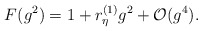
\begin{align*}F(g^ 2) = 1 + r^{(1)}_\eta g^2 + {\cal O} (g^ 4).\end{align*}